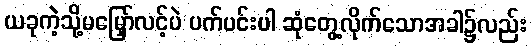
ယခုကဲ့သို့မမြှော်လင့်ပဲ ပက်ပင်းပါ ဆုံတွေ့လိုက်သောအခါ၌လည်း